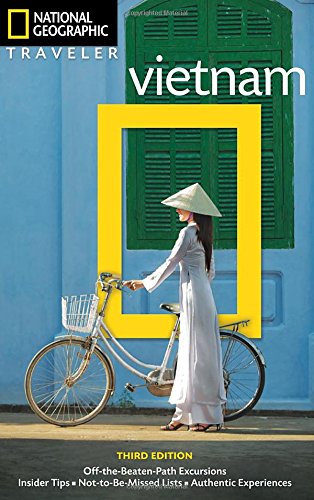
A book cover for National Geographic Traveler: Vietnam, 3rd Edition; James Sullivan; Travel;